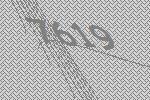
7619